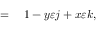
\begin{array} { r l } { = { } } & { { } 1 - y \varepsilon j + x \varepsilon k , } \end{array}